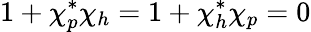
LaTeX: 1+\chi_{p}^{*}\chi_{h}=1+\chi_{h}^{*}\chi_{p}=0